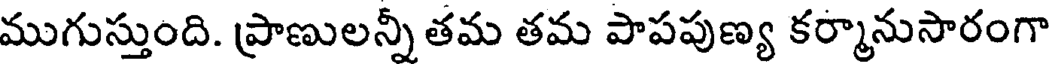
ముగుస్తుంది. ప్రాణులన్నీ తమ తమ పాపపుణ్య కర్మానుసారంగా